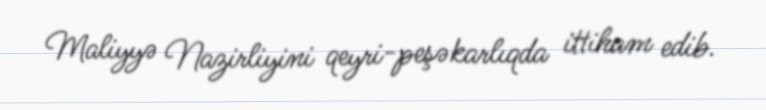
Maliyyə Nazirliyini qeyri-peşəkarlıqda ittiham edib.